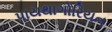
પાયથાગોરિયન